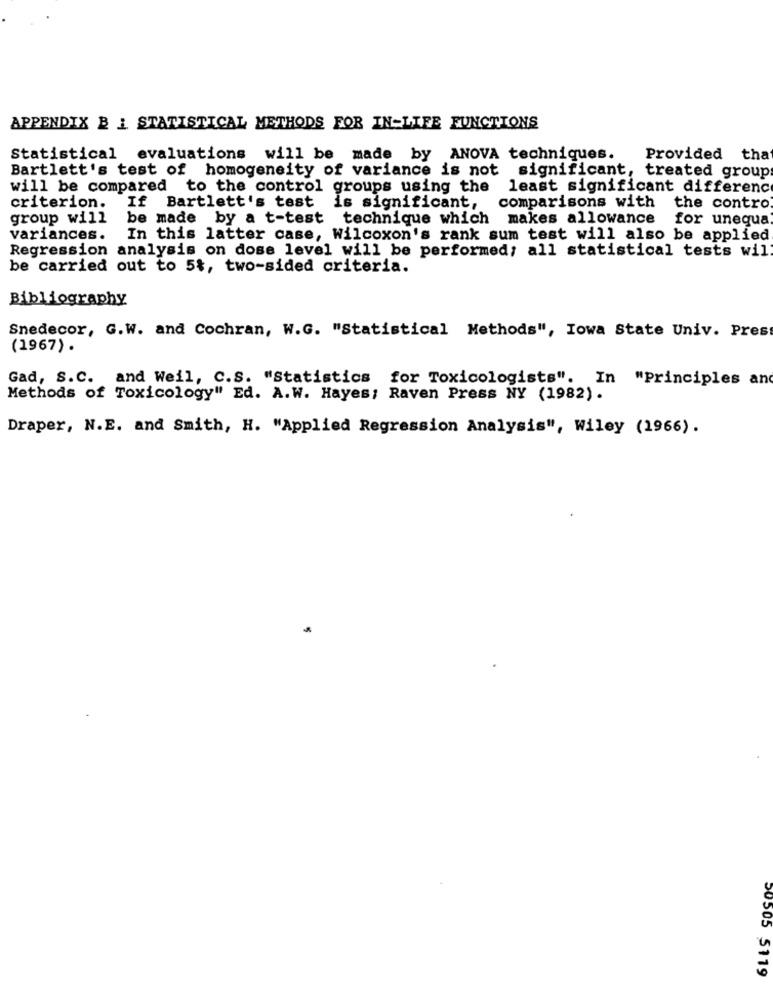
APPENDIX B I STATISTICAL METHODS FOR IN-LIFE FUNCTIONS
Statistical evaluations will be made by ANOVA techniques.
Provided tha
Bartlett's test of homogeneity of variance is not significant, treated group
will be compared to the control groups using the least significant difference
criterion.
If Bartlett's test is significant,
comparisons with the contro
group will
be made by a t-test technique which makes allowance for unequa
variances.
In this latter case, Wilcoxon's rank sum test will also be applied
Regression analysis on dose level will be performed; all statistical tests wil
be carried out to 5%, two-sided criteria.
Bibliography
Snedecor, G.W. and Cochran, W.G. "Statistical Methods", Iowa State Univ. Pres
(1967) .
Gad, S.C. and Weil, C.S. "Statistics for Toxicologists". In "Principles and
Methods of Toxicology" Ed. A.W. Hayes; Raven Press NY (1982).
Draper, N.E. and Smith, H. "Applied Regression Analysis", Wiley (1966).
50505 5119